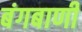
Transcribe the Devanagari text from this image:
बंगबाणी